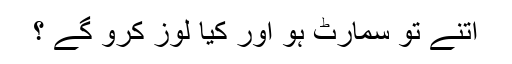
اتنے تو سمارٹ ہو اور کیا لوز کرو گے ؟